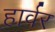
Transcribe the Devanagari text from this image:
हार्वर